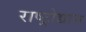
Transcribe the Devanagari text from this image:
राष्ट्रोद्यान